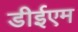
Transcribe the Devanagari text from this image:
डीईएम